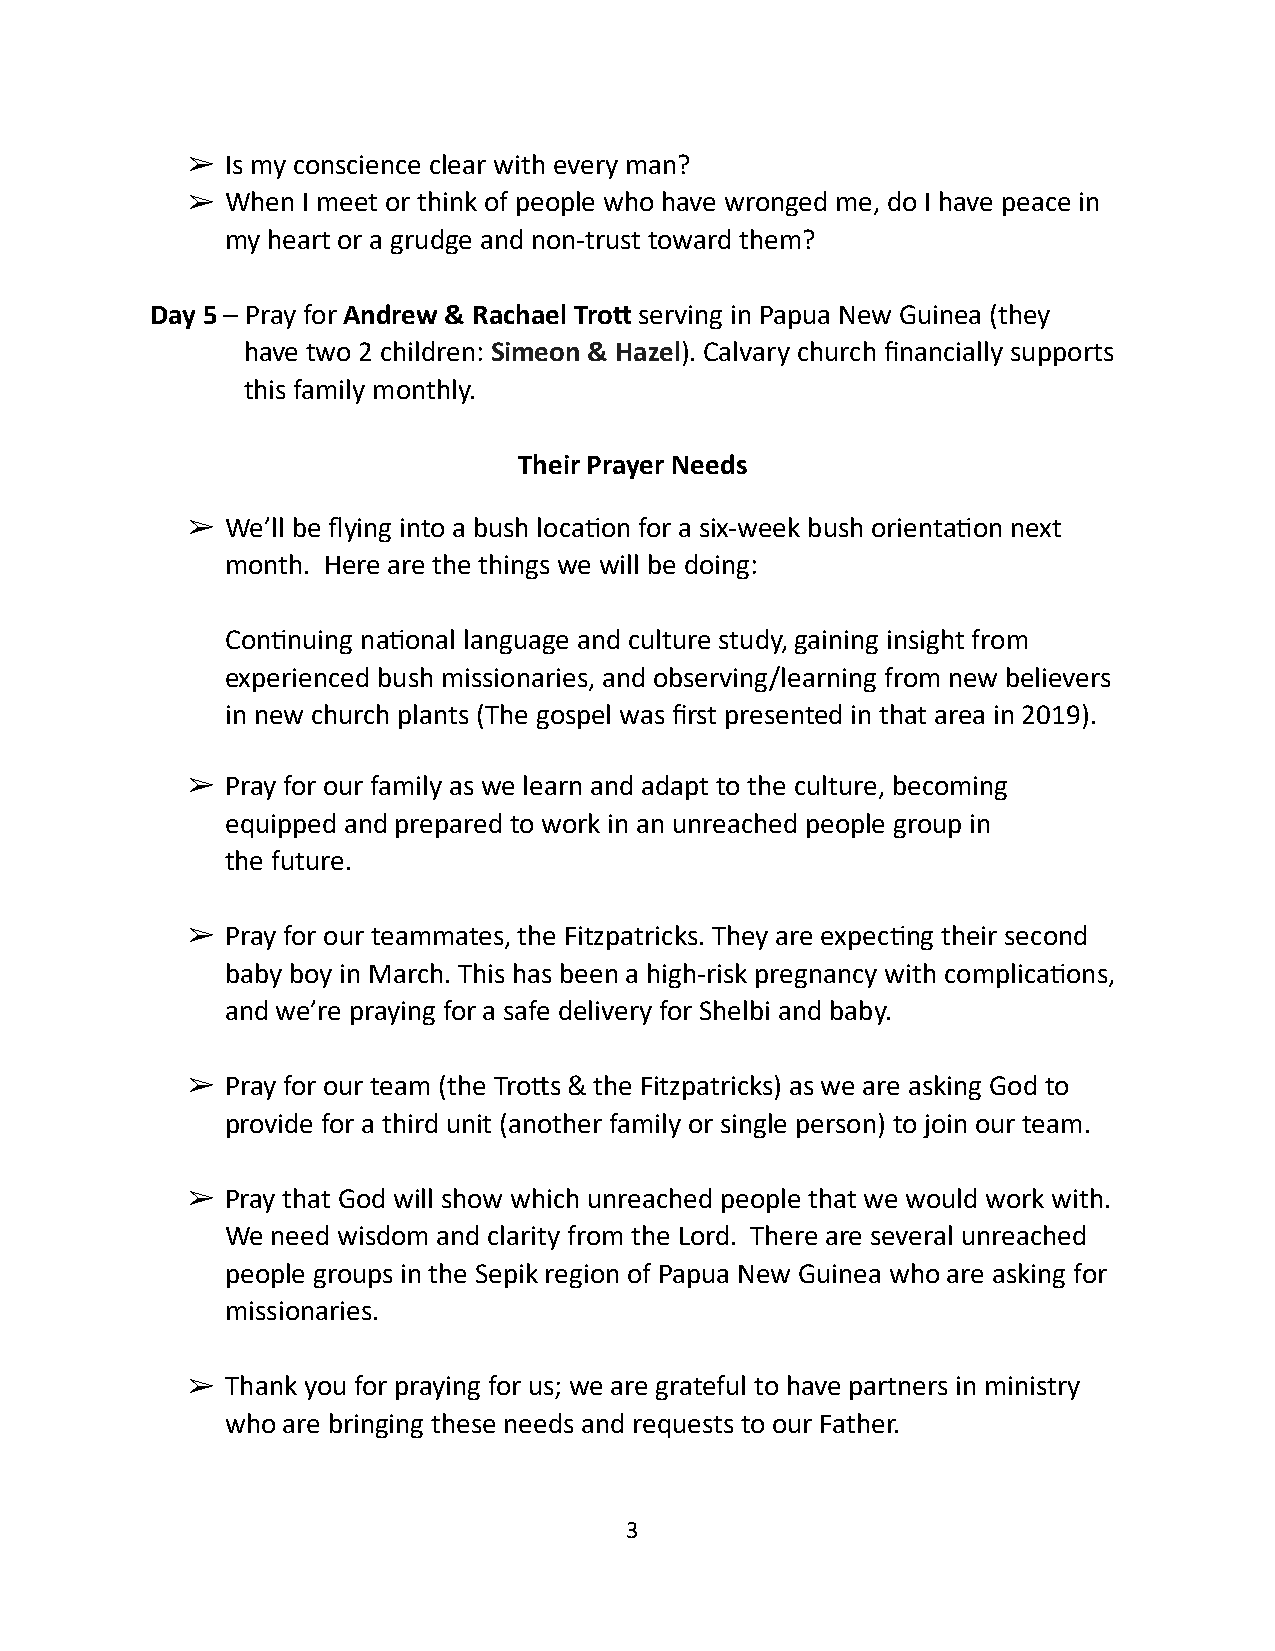
➢  Is my conscience clear with every man?
 ➢  When I meet or think of people who have wronged me, do I have peace in
 my heart or a grudge and non-trust toward them?
 Day 5 – Pray for Andrew & Rachael TroJ serving in Papua New Guinea (they
 have two 2 children: Simeon & Hazel). Calvary church financially supports
 this family monthly.
 Their Prayer Needs
 ➢  We’ll be flying into a bush loca1on for a six-week bush orienta1on next
 month. Here are the things we will be doing:
 Con1nuing na1onal language and culture study, gaining insight from
 experienced bush missionaries, and observing/learning from new believers
 in new church plants (The gospel was first presented in that area in 2019).
 ➢  Pray for our family as we learn and adapt to the culture, becoming
 equipped and prepared to work in an unreached people group in
 the future.
 ➢  Pray for our teammates, the Fitzpatricks. They are expec1ng their second
 baby boy in March. This has been a high-risk pregnancy with complica1ons,
 and we’re praying for a safe delivery for Shelbi and baby.
 ➢  Pray for our team (the Tro^s & the Fitzpatricks) as we are asking God to
 provide for a third unit (another family or single person) to join our team.
 ➢  Pray that God will show which unreached people that we would work with.
 We need wisdom and clarity from the Lord. There are several unreached
 people groups in the Sepik region of Papua New Guinea who are asking for
 missionaries.
 ➢  Thank you for praying for us; we are grateful to have partners in ministry
 who are bringing these needs and requests to our Father.
 3